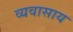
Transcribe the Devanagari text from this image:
व्यवासाय